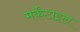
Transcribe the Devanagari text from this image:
मर्कंटाइल